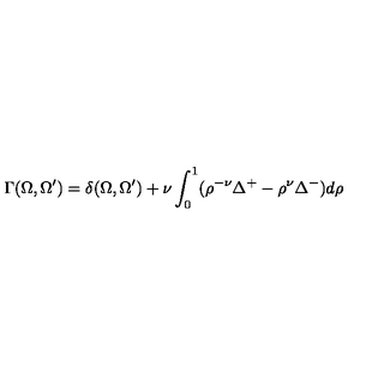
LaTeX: \Gamma ( \Omega , \Omega ^ { \prime } ) = \delta ( \Omega , \Omega ^ { \prime } ) + \nu \int _ { 0 } ^ { 1 } ( \rho ^ { - \nu } \Delta ^ { + } - \rho ^ { \nu } \Delta ^ { - } ) d \rho